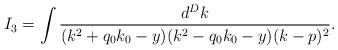
LaTeX: \begin{align*}I_3= \int\frac{d^Dk}{(k^2+q_0k_0-y)(k^2-q_0k_0-y)(k-p)^2}.\end{align*}